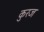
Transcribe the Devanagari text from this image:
कुरज